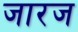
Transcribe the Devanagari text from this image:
जारज